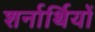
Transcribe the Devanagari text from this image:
शर्नार्थियों